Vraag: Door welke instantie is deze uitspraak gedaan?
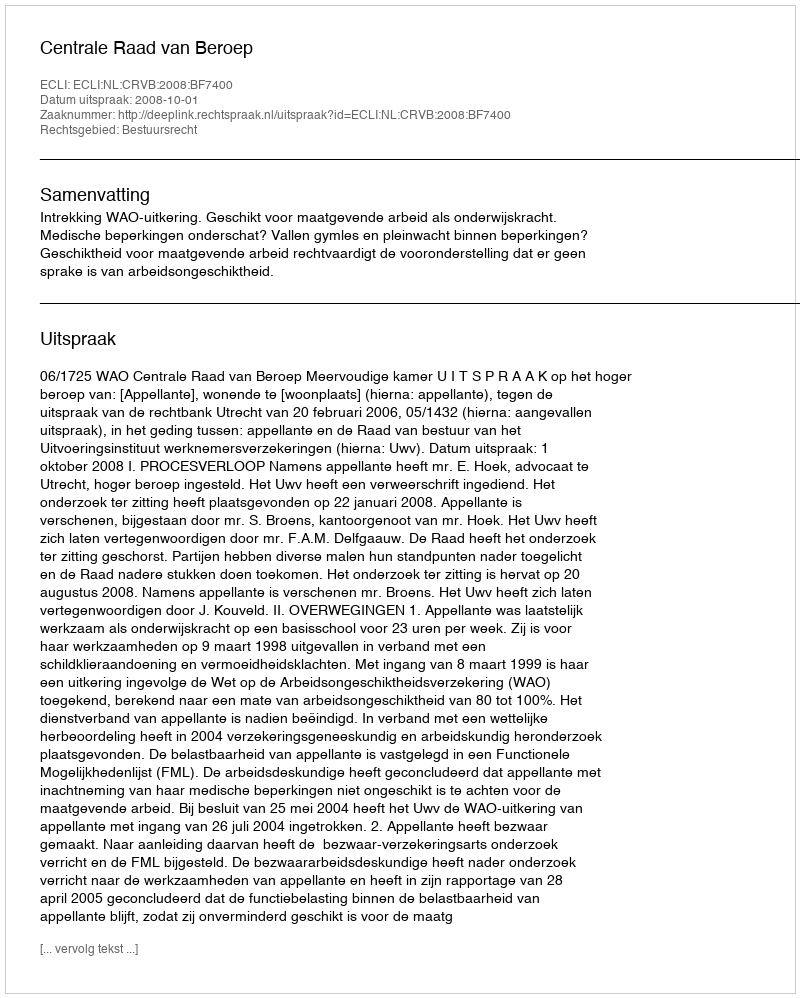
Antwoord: Centrale Raad van Beroep